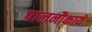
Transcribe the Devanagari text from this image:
पालनौकायें